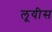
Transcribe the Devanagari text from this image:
लूयीस